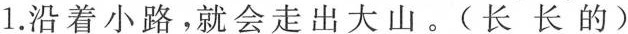
1.沿着小路，就会走出大山。（长长的）